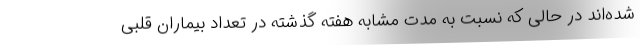
شده‌اند در حالی که نسبت به مدت مشابه هفته گذشته در تعداد بیماران قلبی